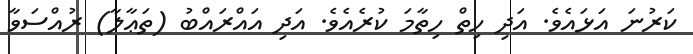
ކަރުނަ އަޅައެވެ. އަދި ހިތް ހިތާމަ ކުރެއެވެ. އަދި އައްރައްބު (ތަޢާލާ) ރުއްސަވާ